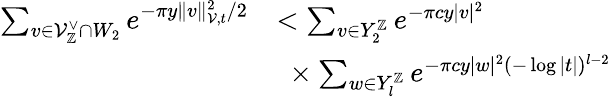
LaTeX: \begin{array}{rl}{\sum_{v\in\mathcal{V}_{\mathbb{Z}}^{\vee}\cap W_{2}}e^{-\pi y\| v\| _{\mathcal{V},t}^{2}/2}}&{<\sum_{v\in Y_{2}^{\mathbb{Z}}}e^{-\pi cy|v|^{2}}}\\ &{\ \times\sum_{w\in Y_{l}^{\mathbb{Z}}}e^{-\pi cy|w|^{2}(-\log|t|)^{l-2}}}\end{array}